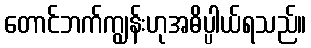
တောင်ဘက်ကျွန်းဟုအဓိပ္ပါယ်ရသည်။